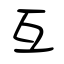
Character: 互